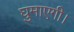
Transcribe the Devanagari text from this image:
घुमाएगी।